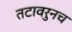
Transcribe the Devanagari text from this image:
तटावरुनच